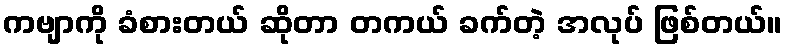
ကဗျာကို ခံစားတယ် ဆိုတာ တကယ် ခက်တဲ့ အလုပ် ဖြစ်တယ်။